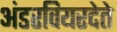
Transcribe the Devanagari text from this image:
अंडरवियरदेते